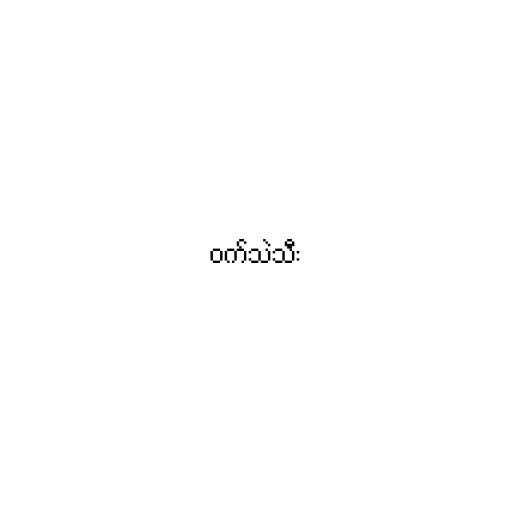
ဝက်သဲသီး